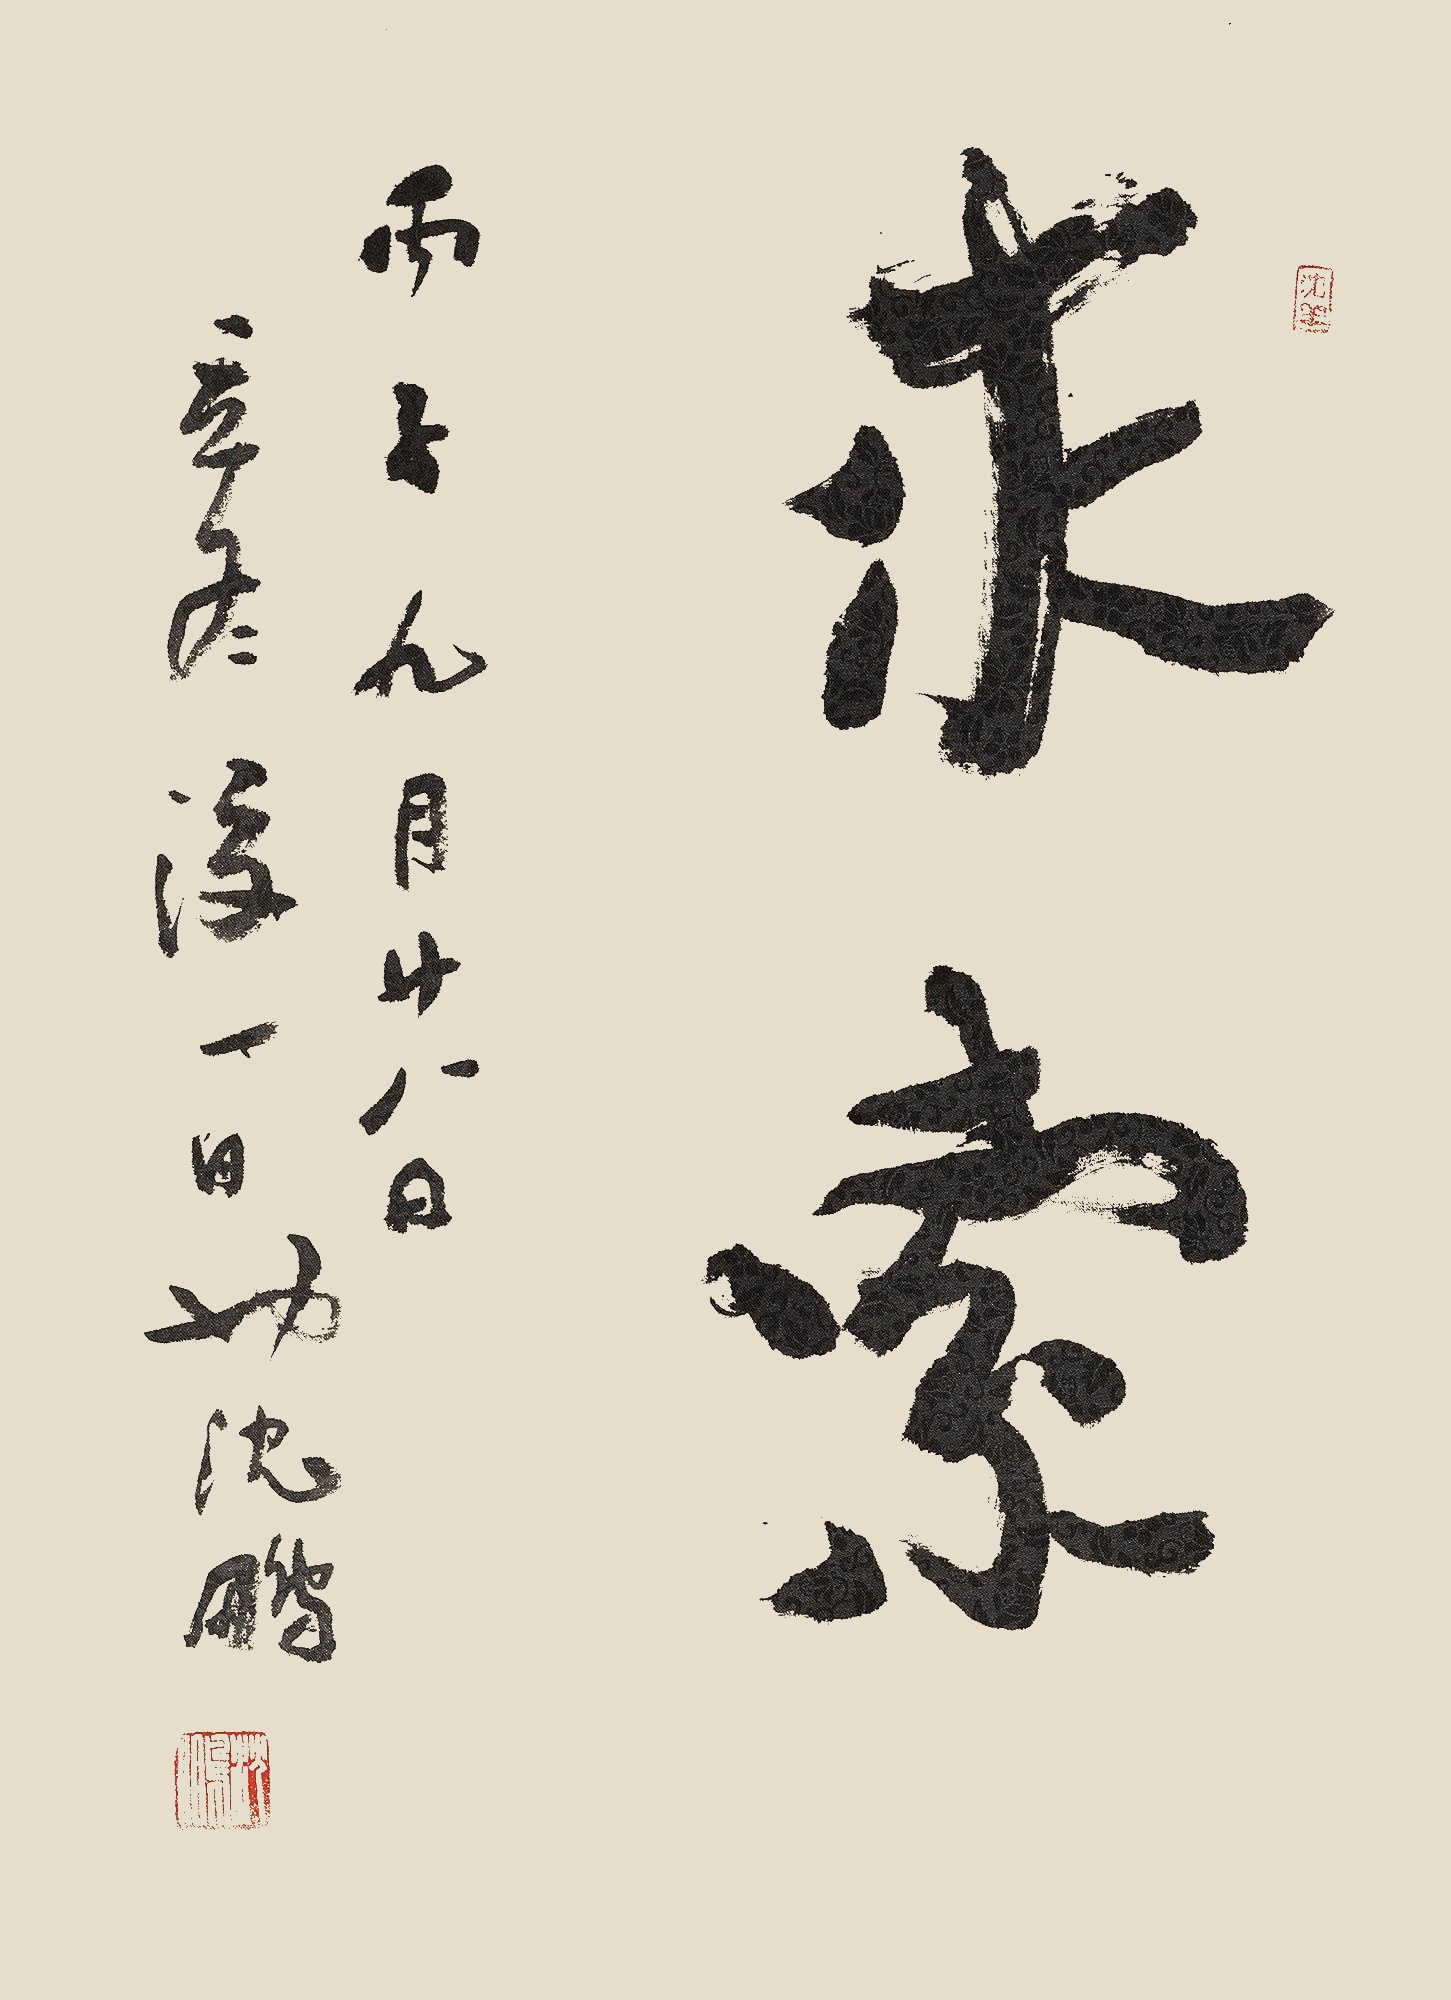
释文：求索丙子九月廿八日，立冬后一日也。沈鹏。